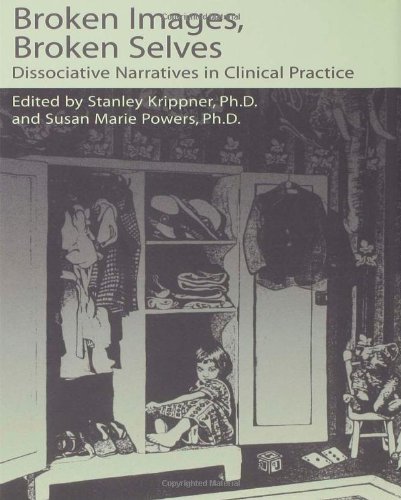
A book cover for Broken Images Broken Selves: Dissociative Narratives In Clinical Practice; Stanley Krippner; Health, Fitness & Dieting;